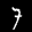
Label: 7